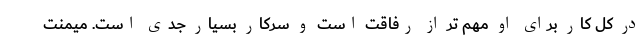
در کل کار برای او مهم تر از رفاقت است و سرکار بسیار جدی است. میمنت